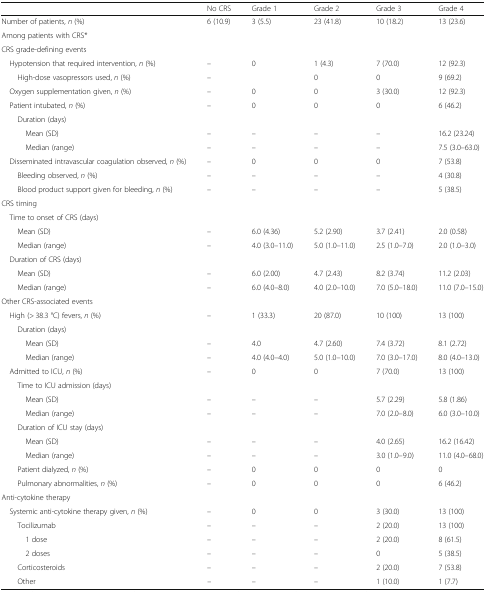
<table><thead><tr><td></td><td><b>No CRS</b></td><td><b>Grade 1</b></td><td><b>Grade 2</b></td><td><b>Grade 3</b></td><td><b>Grade 4</b></td></tr></thead><tbody><tr><td>Number of patients, <i>n</i> (%)</td><td>6 (10.9)</td><td>3 (5.5)</td><td>23 (41.8)</td><td>10 (18.2)</td><td>13 (23.6)</td></tr><tr><td colspan="6">Among patients with CRS*</td></tr><tr><td colspan="6">CRS grade-defining events</td></tr><tr><td> Hypotension that required intervention, <i>n</i> (%)</td><td>–</td><td>0</td><td>1 (4.3)</td><td>7 (70.0)</td><td>12 (92.3)</td></tr><tr><td>High-dose vasopressors used, <i>n</i> (%)</td><td>–</td><td></td><td>0</td><td>0</td><td>9 (69.2)</td></tr><tr><td> Oxygen supplementation given, <i>n</i> (%)</td><td>–</td><td>0</td><td>0</td><td>3 (30.0)</td><td>12 (92.3)</td></tr><tr><td> Patient intubated, <i>n</i> (%)</td><td>–</td><td>0</td><td>0</td><td>0</td><td>6 (46.2)</td></tr><tr><td colspan="6">Duration (days)</td></tr><tr><td>Mean (SD)</td><td>–</td><td>–</td><td>–</td><td>–</td><td>16.2 (23.24)</td></tr><tr><td>Median (range)</td><td>–</td><td>–</td><td>–</td><td>–</td><td>7.5 (3.0–63.0)</td></tr><tr><td> Disseminated intravascular coagulation observed, <i>n</i> (%)</td><td>–</td><td>0</td><td>0</td><td>0</td><td>7 (53.8)</td></tr><tr><td>Bleeding observed, <i>n</i> (%)</td><td>–</td><td>–</td><td>–</td><td>–</td><td>4 (30.8)</td></tr><tr><td>Blood product support given for bleeding, <i>n</i> (%)</td><td>–</td><td>–</td><td>–</td><td>–</td><td>5 (38.5)</td></tr><tr><td colspan="6">CRS timing</td></tr><tr><td colspan="6"> Time to onset of CRS (days)</td></tr><tr><td>Mean (SD)</td><td>–</td><td>6.0 (4.36)</td><td>5.2 (2.90)</td><td>3.7 (2.41)</td><td>2.0 (0.58)</td></tr><tr><td>Median (range)</td><td>–</td><td>4.0 (3.0–11.0)</td><td>5.0 (1.0–11.0)</td><td>2.5 (1.0–7.0)</td><td>2.0 (1.0–3.0)</td></tr><tr><td colspan="6"> Duration of CRS (days)</td></tr><tr><td>Mean (SD)</td><td>–</td><td>6.0 (2.00)</td><td>4.7 (2.43)</td><td>8.2 (3.74)</td><td>11.2 (2.03)</td></tr><tr><td>Median (range)</td><td>–</td><td>6.0 (4.0–8.0)</td><td>4.0 (2.0–10.0)</td><td>7.0 (5.0–18.0)</td><td>11.0 (7.0–15.0)</td></tr><tr><td colspan="6">Other CRS-associated events</td></tr><tr><td> High (&gt; 38.3 °C) fevers, <i>n</i> (%)</td><td>–</td><td>1 (33.3)</td><td>20 (87.0)</td><td>10 (100)</td><td>13 (100)</td></tr><tr><td colspan="6">Duration (days)</td></tr><tr><td>Mean (SD)</td><td>–</td><td>4.0</td><td>4.7 (2.60)</td><td>7.4 (3.72)</td><td>8.1 (2.72)</td></tr><tr><td>Median (range)</td><td>–</td><td>4.0 (4.0–4.0)</td><td>5.0 (1.0–10.0)</td><td>7.0 (3.0–17.0)</td><td>8.0 (4.0–13.0)</td></tr><tr><td> Admitted to ICU, <i>n</i> (%)</td><td>–</td><td>0</td><td>0</td><td>7 (70.0)</td><td>13 (100)</td></tr><tr><td colspan="6">Time to ICU admission (days)</td></tr><tr><td>Mean (SD)</td><td>–</td><td>–</td><td>–</td><td>5.7 (2.29)</td><td>5.8 (1.86)</td></tr><tr><td>Median (range)</td><td>–</td><td>–</td><td>–</td><td>7.0 (2.0–8.0)</td><td>6.0 (3.0–10.0)</td></tr><tr><td colspan="6">Duration of ICU stay (days)</td></tr><tr><td>Mean (SD)</td><td>–</td><td>–</td><td>–</td><td>4.0 (2.65)</td><td>16.2 (16.42)</td></tr><tr><td>Median (range)</td><td>–</td><td>–</td><td>–</td><td>3.0 (1.0–9.0)</td><td>11.0 (4.0–68.0)</td></tr><tr><td>Patient dialyzed, <i>n</i> (%)</td><td>–</td><td>0</td><td>0</td><td>0</td><td>0</td></tr><tr><td>Pulmonary abnormalities, <i>n</i> (%)</td><td>–</td><td>0</td><td>0</td><td>0</td><td>6 (46.2)</td></tr><tr><td colspan="6">Anti-cytokine therapy</td></tr><tr><td> Systemic anti-cytokine therapy given, <i>n</i> (%)</td><td>–</td><td>0</td><td>0</td><td>3 (30.0)</td><td>13 (100)</td></tr><tr><td>Tocilizumab</td><td>–</td><td>–</td><td>–</td><td>2 (20.0)</td><td>13 (100)</td></tr><tr><td>1 dose</td><td>–</td><td>–</td><td>–</td><td>2 (20.0)</td><td>8 (61.5)</td></tr><tr><td>2 doses</td><td>–</td><td>–</td><td>–</td><td>0</td><td>5 (38.5)</td></tr><tr><td>Corticosteroids</td><td>–</td><td>–</td><td>–</td><td>2 (20.0)</td><td>7 (53.8)</td></tr><tr><td>Other</td><td>–</td><td>–</td><td>–</td><td>1 (10.0)</td><td>1 (7.7)</td></tr></tbody></table>